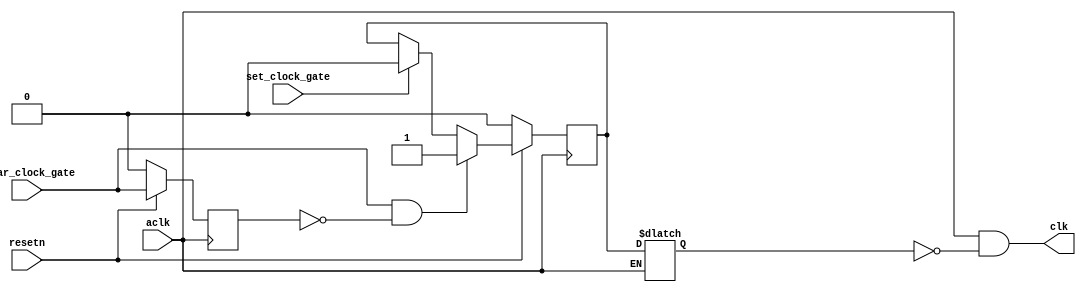
module clock_gate
(
    input aclk,resetn,
    output clk,
    input clear_clock_gate,
    input set_clock_gate
);
    reg clear_clock_gate_last;
    always @(posedge aclk)
        if(~resetn) clear_clock_gate_last<=0;
        else clear_clock_gate_last <= clear_clock_gate;
    wire clear_ps = clear_clock_gate&~clear_clock_gate_last;
    reg pause;
    always @(posedge aclk)
        if(~resetn) pause<=0;
        else if(clear_ps) pause <= 1;
        else if(set_clock_gate) pause <= 0;
    reg l_pause=0;
    always @(aclk,pause)
        if(~aclk) l_pause = pause;
    
    assign clk = aclk&~l_pause;
endmodule